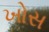
ખોસ